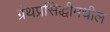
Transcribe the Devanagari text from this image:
ग्रंथप्रसिद्धीमधील